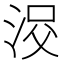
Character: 𱦠